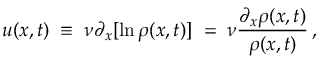
u ( x , t ) \; \equiv \; \nu \partial _ { x } [ \ln \rho ( x , t ) ] \; = \; \nu \frac { \partial _ { x } \rho ( x , t ) } { \rho ( x , t ) } \, ,